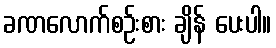
ခဏလောက်စဉ်းစား ချိန် ပေးပါ။